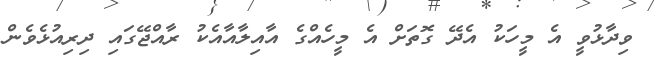
ވިދާޅުވީ އެ މީހަކު އެދޭ ގޮތަށް އެ މީހެއްގެ އާއިލާއާއެކު ރާއްޖޭގައި ދިރިއުޅެވެން